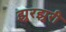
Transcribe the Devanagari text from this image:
झुरझुरी